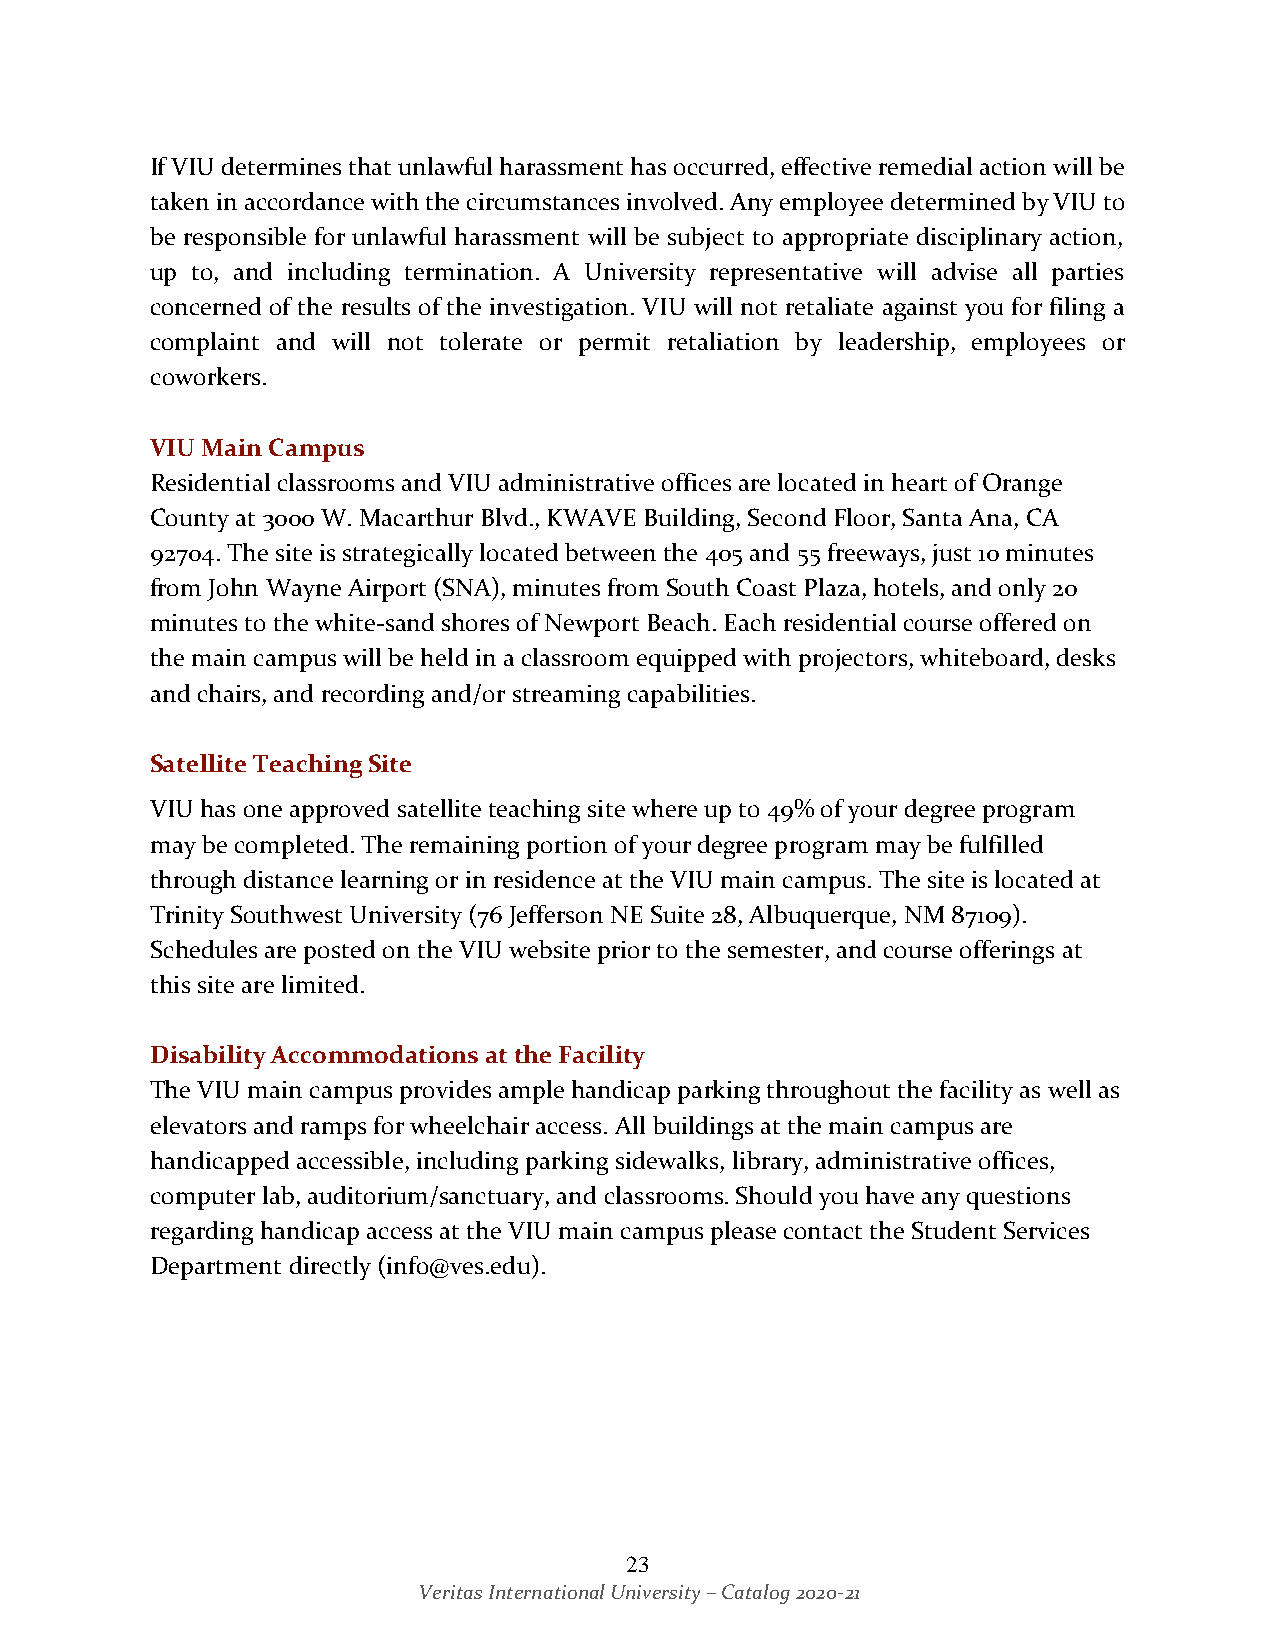
If VIU determines that unlawful harassment has occurred, effective remedial action will be
 taken in accordance with the circumstances involved. Any employee determined by VIU to
 be responsible for unlawful harassment will be subject to appropriate disciplinary action,
 up to, and including termination. A University representative will advise all parties
 concerned of the results of the investigation. VIU will not retaliate against you for filing a
 complaint and will not tolerate or permit retaliation by leadership, employees or
 coworkers.
 VIU Main Campus
 Residential classrooms and VIU administrative offices are located in heart of Orange
 County at 3000 W. Macarthur Blvd., KWAVE Building, Second Floor, Santa Ana, CA
 92704. The site is strategically located between the 405 and 55 freeways, just 10 minutes
 from John Wayne Airport (SNA), minutes from South Coast Plaza, hotels, and only 20
 minutes to the white-sand shores of Newport Beach. Each residential course offered on
 the main campus will be held in a classroom equipped with projectors, whiteboard, desks
 and chairs, and recording and/or streaming capabilities.
 Satellite Teaching Site
 VIU has one approved satellite teaching site where up to 49% of your degree program
 may be completed. The remaining portion of your degree program may be fulfilled
 through distance learning or in residence at the VIU main campus. The site is located at
 Trinity Southwest University (76 Jefferson NE Suite 28, Albuquerque, NM 87109).
 Schedules are posted on the VIU website prior to the semester, and course offerings at
 this site are limited.
 Disability Accommodations at the Facility
 The VIU main campus provides ample handicap parking throughout the facility as well as
 elevators and ramps for wheelchair access. All buildings at the main campus are
 handicapped accessible, including parking sidewalks, library, administrative offices,
 computer lab, auditorium/sanctuary, and classrooms. Should you have any questions
 regarding handicap access at the VIU main campus please contact the Student Services
 Department directly (info@ves.edu).
 23
 Veritas International University – Catalog 2020-21